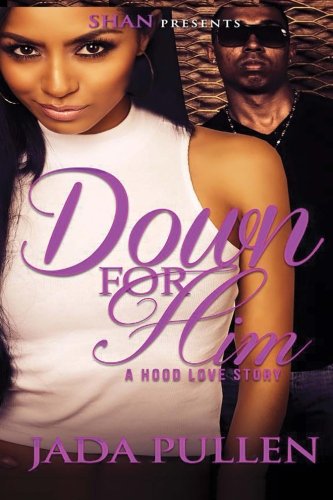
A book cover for Down For Him: A Hood Love Story; Jada Pullen; Literature & Fiction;